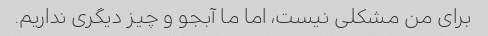
برای من مشکلی نیست، اما ما آبجو و چیز دیگری نداریم.